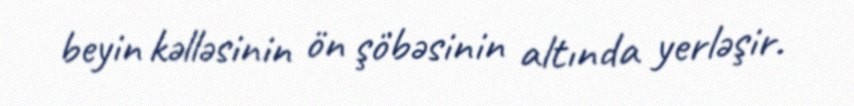
beyin kəlləsinin ön şöbəsinin altında yerləşir.